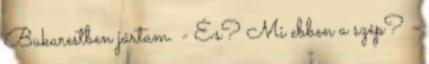
Bukarestben jártam. - És? Mi ebben a szép? -